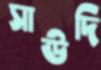
সাউদি